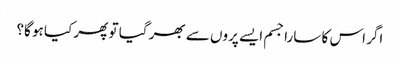
اگر اس کا سارا جسم ایسے پروں سے بھر گیا تو پھر کیا ہو گا؟